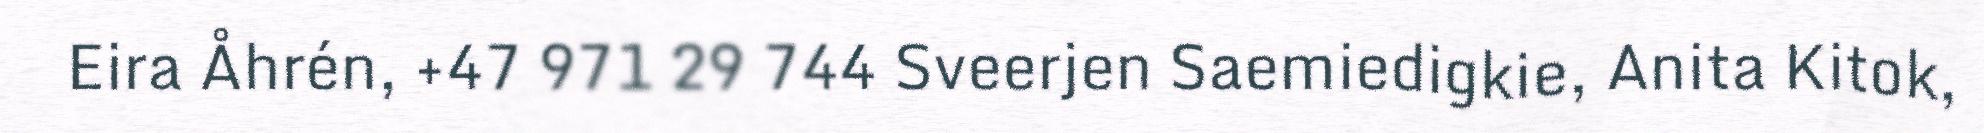
Eira Åhrén, +47 971 29 744 Sveerjen Saemiedigkie, Anita Kitok,